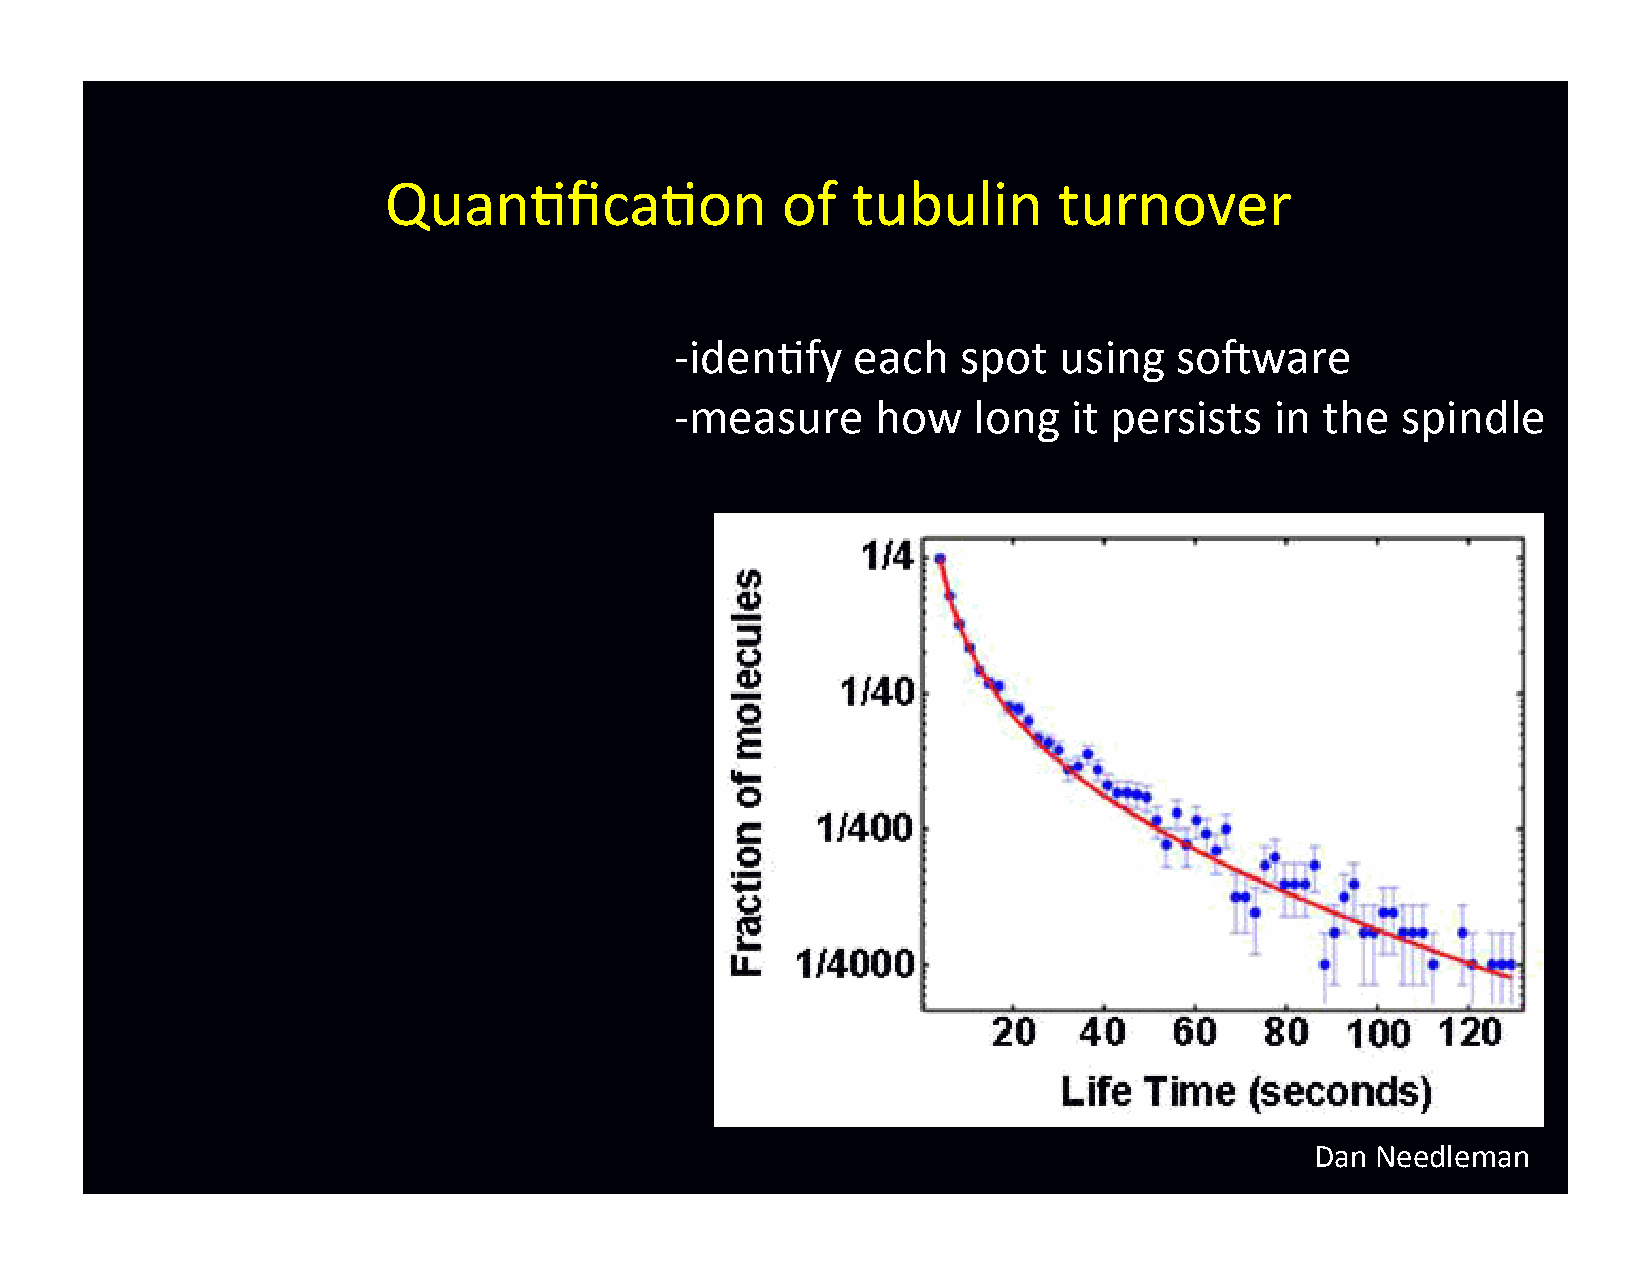
Quan-fica-on               of  tubulin       turnover
 -­‐ iden-fy each   spot  using   sohware
 -­‐ measure  how   long   it persists  in  the  spindle
 Dan Needleman